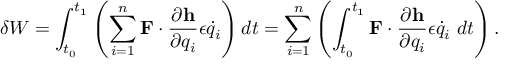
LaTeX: \delta W = \int _ { t _ { 0 } } ^ { t _ { 1 } } \left( \sum _ { i = 1 } ^ { n } \mathbf { F } \cdot { \frac { \partial \mathbf { h } } { \partial q _ { i } } } \epsilon { \dot { q } } _ { i } \right) d t = \sum _ { i = 1 } ^ { n } \left( \int _ { t _ { 0 } } ^ { t _ { 1 } } \mathbf { F } \cdot { \frac { \partial \mathbf { h } } { \partial q _ { i } } } \epsilon { \dot { q } } _ { i } ~ d t \right) .